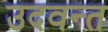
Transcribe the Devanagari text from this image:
उदवन्त